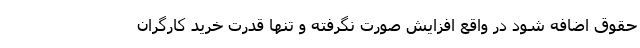
حقوق اضافه شود در واقع افزایش صورت نگرفته و تنها قدرت خرید کارگران